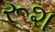
રૂશ